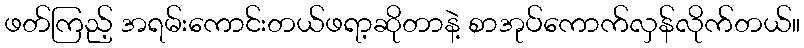
ဖတ်ကြည့် အရမ်းကောင်းတယ်ဖရာ့ဆိုတာနဲ့ စာအုပ်ကောက်လှန်လိုက်တယ်။